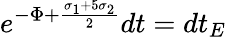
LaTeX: e^{-\Phi+\frac{\sigma_{1}+5\sigma_{2}}{2}}dt=dt_{E}